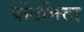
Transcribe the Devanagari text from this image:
वोंतमित्ता